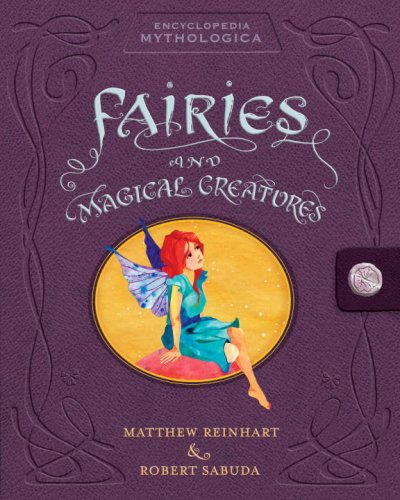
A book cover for Encyclopedia Mythologica: Fairies and Magical Creatures Pop-Up; Matthew Reinhart; Reference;